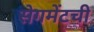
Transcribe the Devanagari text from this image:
सेगमेंटची